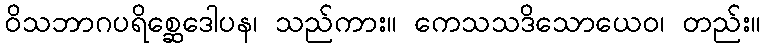
ဝိသဘာဂပရိစ္ဆေဒေါပန၊ သည်ကား။ ကေသသဒိသောယေဝ၊ တည်း။